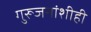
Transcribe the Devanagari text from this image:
गुरूजनांशीही